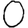
Digit: 0